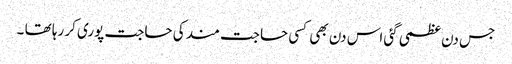
جس دن عظمی گئی اس دن بھی کسی حاجت مند کی حاجت پوری کر رہا تھا ۔